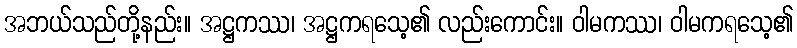
အဘယ်သည်တို့နည်း။ အဋ္ဌကဿ၊ အဋ္ဌကရသေ့၏ လည်းကောင်း။ ဝါမကဿ၊ ဝါမကရသေ့၏